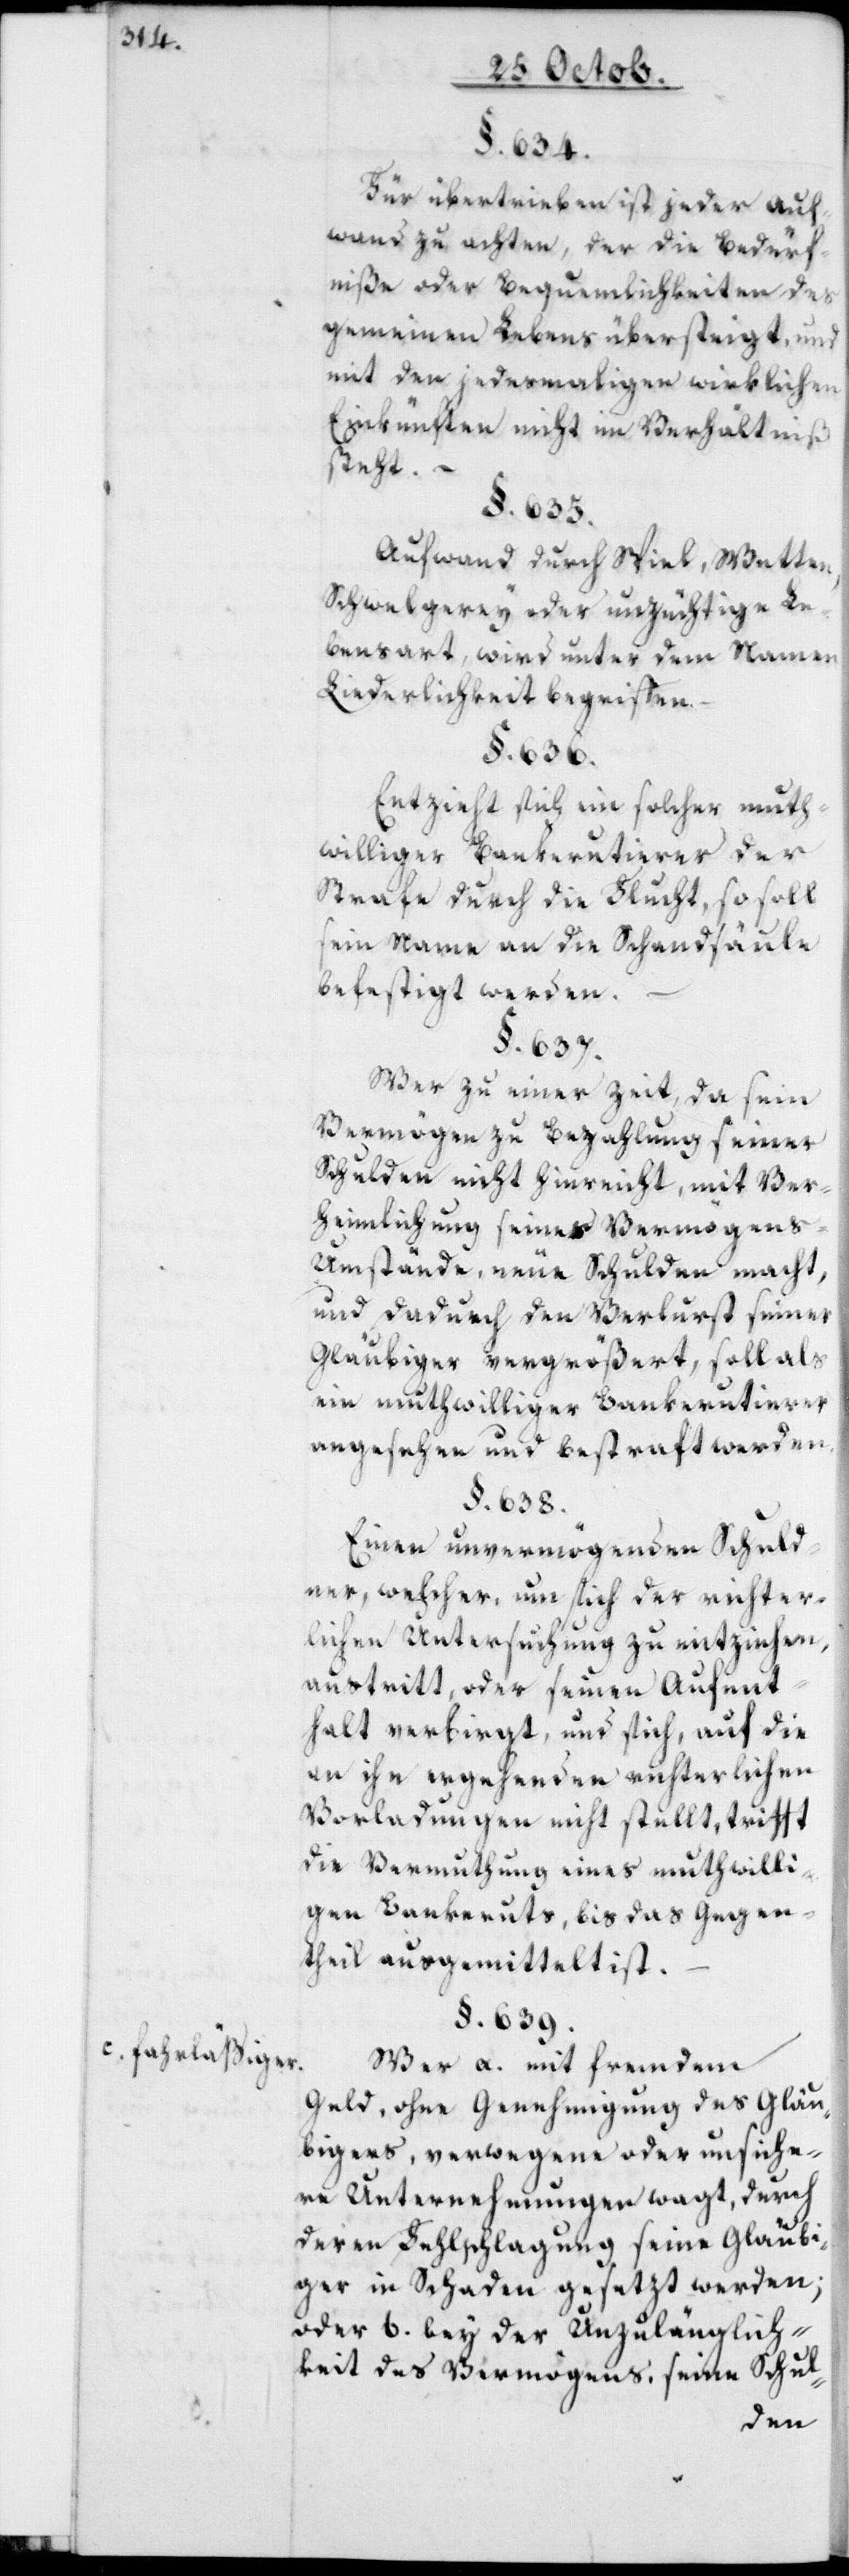
c. fahrläßiger.

§. 634.
Für übertrieben ist jeder Auf¬
wand zu achten, der die Bedürf¬
niße oder Bequemlichkeiten des
gemeinen Lebens übersteigt, und
mit den jedermaligen wirklichen
Einkünften nicht im Verhältniß
steht. –
§. 635.
Aufwand durch Spiel, Wetten,
Schwelgerey oder unzüchtige Le¬
bensart, wird unter dem Namen
Liederlichkeit begriffen.
§. 639.
Entzieht sich ein solcher muth¬
williger Bankerutierer der
Strafe durch die Flucht, so soll
sein Name an die Schandsäule
befestigt werden.
§. 637.
Wer zu einer Zeit, da sein
Vermögen zu Bezahlung seiner
Schulden nicht hinreicht, mit Ver¬
heimlichung seiner Vermögens-U¬
mstände, neue Schulden macht,
und dadurch den Verlust seiner
Gläubiger vergrößert, soll als
ein mutwilliger Bankerutierer
angesehen und bestraft werden.
§. 638.
Einen unvermögenden Schuld¬
ner, welcher, um sich der richter¬
lichen Untersuchung zu entziehen,
austritt, oder seinen Aufent¬
halt verbirgt, und sich, auf die
an ihn ergehenden richterlichen
Vorladungen nicht stellt, trifft
die Vermutung eines muthwilli¬
gen Bankeruts, bis das Gegen¬
theil ausgemittelt ist.
Wer a. mit fremdem
Geld, ohne Genehmigung des Gläu¬
bigers, verwegene oder unsiche¬
re Unternehmungen wagt, durch
deren Fehlschlagung seine Gläubi¬
ger in Schaden gesetzt werden;
oder b. bey der Unzulänglich¬
keit des Vermögens, seine Schul-